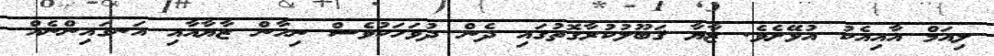
ލިއަމް އާއިއެކު އުޅޭށެވެ. ޒާޔާ ޤަބޫލުކުރާގޮތުގައި ދެން ދުވަހަކުވެސް ނިހާން ޒާޔާއާއި އަނގައިންނެއް